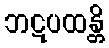
ဘဋပထန္တိ